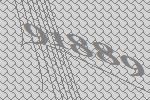
91889